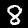
Label: 8